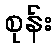
စုန်း